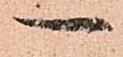
一